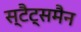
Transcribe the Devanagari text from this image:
स्टैट्समैन